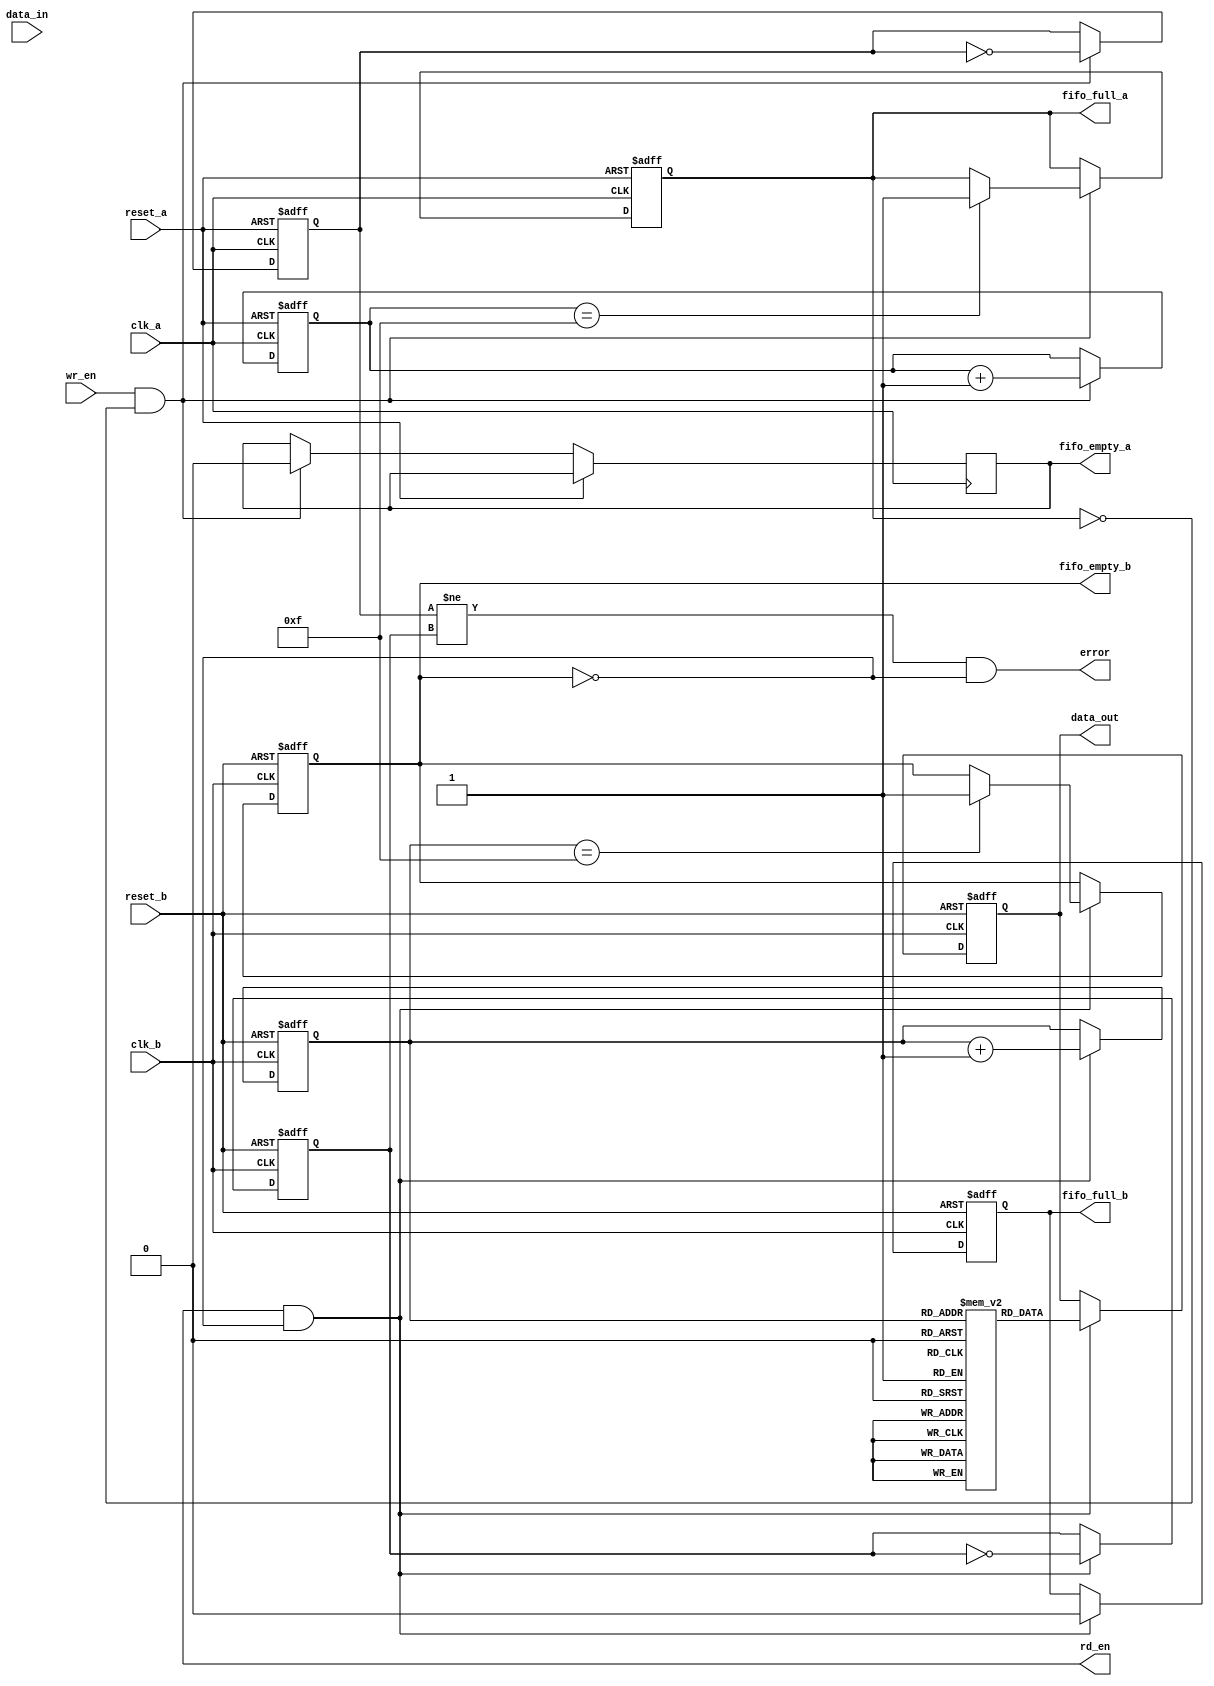
module cdc_memory_blocks (
    input wire clk_a,             // Source clock domain
    input wire clk_b,             // Destination clock domain
    input wire reset_a,           // Asynchronous reset for Clock_A
    input wire reset_b,           // Asynchronous reset for Clock_B
    input wire [7:0] data_in,     // Data input from Clock_A domain
    input wire wr_en,             // Write enable signal for Clock_A
    output wire [7:0] data_out,    // Data output to Clock_B domain
    output wire rd_en,            // Read enable signal for Clock_B
    output wire error,            // Error signal for data integrity
    output wire fifo_full_a,      // FIFO full status for Clock_A
    output wire fifo_empty_a,     // FIFO empty status for Clock_A
    output wire fifo_full_b,      // FIFO full status for Clock_B
    output wire fifo_empty_b       // FIFO empty status for Clock_B
);

// FIFO parameters
parameter FIFO_DEPTH = 16;
parameter ADDR_WIDTH = 4; // log2(FIFO_DEPTH)

// FIFO for Clock_A
reg [7:0] fifo_a [0:FIFO_DEPTH-1];
reg [ADDR_WIDTH-1:0] wr_ptr_a = 0;
reg [ADDR_WIDTH-1:0] rd_ptr_a = 0;
reg fifo_full_a_reg = 0;
reg fifo_empty_a_reg = 1;

assign fifo_full_a = fifo_full_a_reg;
assign fifo_empty_a = fifo_empty_a_reg;

// FIFO for Clock_B
reg [7:0] fifo_b [0:FIFO_DEPTH-1];
reg [ADDR_WIDTH-1:0] wr_ptr_b = 0;
reg [ADDR_WIDTH-1:0] rd_ptr_b = 0;
reg fifo_full_b_reg = 0;
reg fifo_empty_b_reg = 1;

assign fifo_full_b = fifo_full_b_reg;
assign fifo_empty_b = fifo_empty_b_reg;

// Parity bit for error detection
reg parity_bit_a;
reg parity_bit_b;

// Write operation in Clock_A domain
always @(posedge clk_a or posedge reset_a) begin
    if (reset_a) begin
        wr_ptr_a <= 0;
        fifo_full_a_reg <= 0;
        parity_bit_a <= 0;
    end else if (wr_en && !fifo_full_a_reg) begin
        fifo_a[wr_ptr_a] <= data_in;
        parity_bit_a <= ~parity_bit_a; // Simple parity toggle
        wr_ptr_a <= wr_ptr_a + 1;
        if (wr_ptr_a == FIFO_DEPTH - 1) begin
            fifo_full_a_reg <= 1;
        end
        fifo_empty_a_reg <= 0;
    end
end

// Read operation in Clock_B domain
always @(posedge clk_b or posedge reset_b) begin
    if (reset_b) begin
        rd_ptr_b <= 0;
        fifo_full_b_reg <= 0;
        fifo_empty_b_reg <= 1;
        data_out <= 0;
        parity_bit_b <= 0;
    end else if (rd_en && !fifo_empty_b_reg) begin
        data_out <= fifo_b[rd_ptr_b];
        parity_bit_b <= ~parity_bit_b; // Simple parity toggle
        rd_ptr_b <= rd_ptr_b + 1;
        if (rd_ptr_b == FIFO_DEPTH - 1) begin
            fifo_empty_b_reg <= 1;
        end
        fifo_full_b_reg <= 0;
    end
end

// Synchronizers for handshaking signals
reg wr_en_sync;
reg rd_en_sync;

always @(posedge clk_a or posedge reset_a) begin
    if (reset_a) begin
        wr_en_sync <= 0;
    end else begin
        wr_en_sync <= wr_en;
    end
end

always @(posedge clk_b or posedge reset_b) begin
    if (reset_b) begin
        rd_en_sync <= 0;
    end else begin
        rd_en_sync <= !fifo_empty_a_reg; // Read if FIFO in Clock_A is not empty
    end
end

// Error detection logic
assign error = (parity_bit_a != parity_bit_b) && !fifo_empty_b_reg;

endmodule